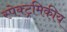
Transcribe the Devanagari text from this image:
स्पेक्ट्रमिकीय